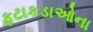
ફટાકડાઓના